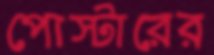
পোস্টারের